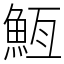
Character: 䱍